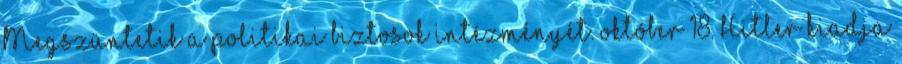
Megszüntetik a politikai biztosok intézményét. október 18. Hitler kiadja